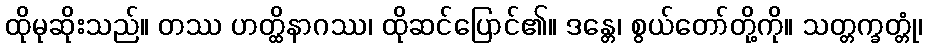
ထိုမုဆိုးသည်။ တဿ ဟတ္ထိနာဂဿ၊ ထိုဆင်ပြောင်၏။ ဒန္တေ၊ စွယ်တော်တို့ကို။ သတ္တက္ခတ္တုံ၊